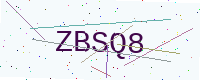
Text: ZBSQ8